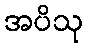
အပိသု